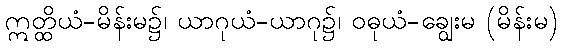
ဣတ္ထိယံ-မိန်းမ၌၊ ယာဂုယံ-ယာဂု၌၊ ဝဓုယံ-ချွေးမ (မိန်းမ)